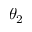
\theta _ { 2 }